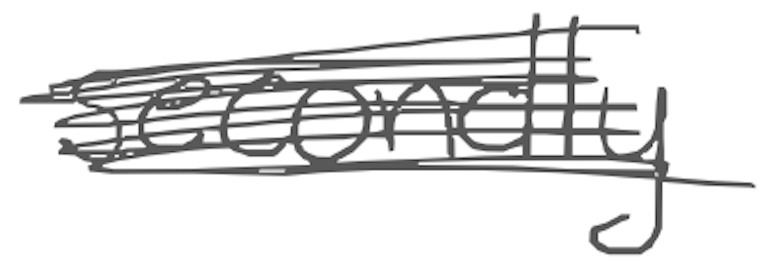
Text: secondly
Cross-out: scratch
Writing tool: digital_gray